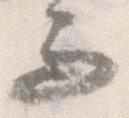
而